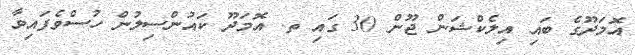
އޮމަދޫގެ ބައި އިލެކްޝަން ޖޫން 30 ގައި ތ. އޮމަދޫ ކައުންސިލުން ހުސްވެފައިވާ